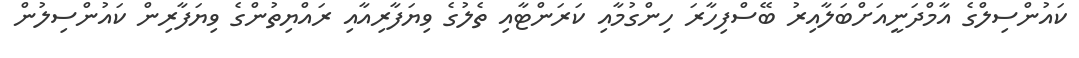
ކައުންސިލްގެ އާމްދަނީއަށްބަލާއިރު ބޭސްފިހާރަ ހިންގުމާއި ކަރަންޓާއި ތެލުގެ ވިޔަފާރިއާއި ރައްޔިތުންގެ ވިޔަފާރިން ކައުންސިލުން